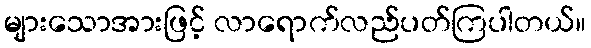
များသောအားဖြင့် လာရောက်လည်ပတ်ကြပါတယ်။